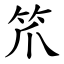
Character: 笊